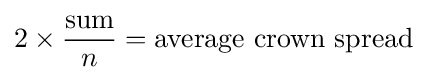
2\times {\frac {\text{sum}}{n}}={\text{average crown spread}}